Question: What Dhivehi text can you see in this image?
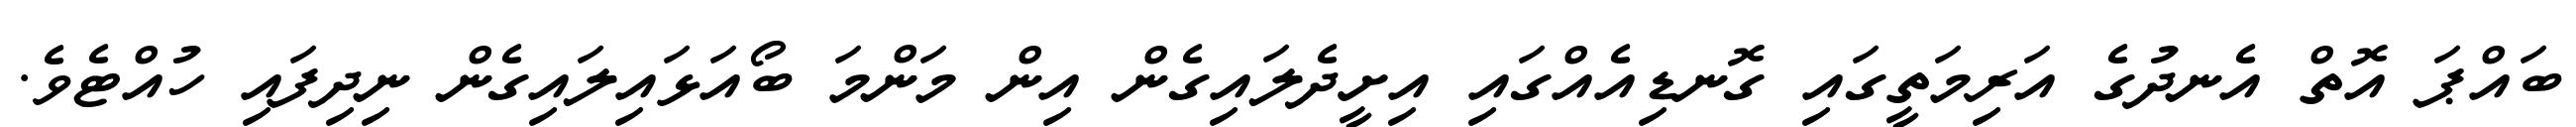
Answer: ބައްޕަ އޮތް އެނދުގެ އަރިމަތީގައި ގޮނޑިއެއްގައި އިށީދެލައިގެން އިން މަންމަ ބޯއަޅައިލައިގެން ނިދިފައި ހުއްޓެވެ.